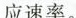
应速率